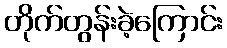
တိုက်တွန်းခဲ့ကြောင်း